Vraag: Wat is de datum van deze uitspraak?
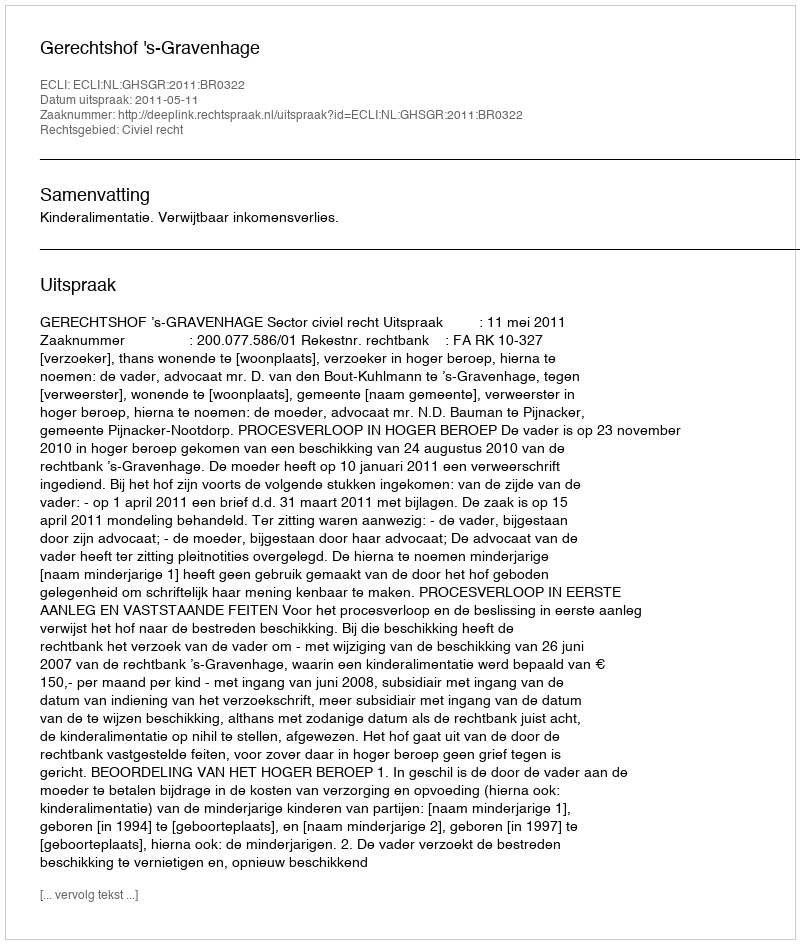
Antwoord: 2011-05-11